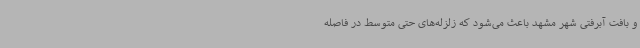
و بافت آبرفتی شهر مشهد باعث می‌شود که زلزله‌های حتی متوسط در فاصله